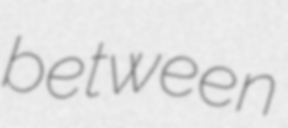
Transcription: between